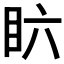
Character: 𱲪